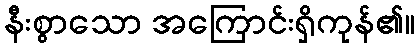
နီးစွာသော အကြောင်းရှိကုန်၏။